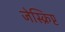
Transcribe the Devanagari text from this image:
जेस्क्रिप्ट